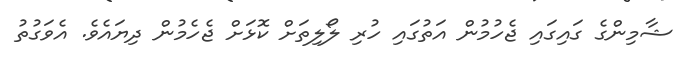
ޝާމިންގެ ގައިގައި ޖެހުމުން އަތުގައި ހުރި ލޯލިތަށް ކޮޅަށް ޖެހެމުން ދިޔައެވެ. އެވަގުތު